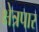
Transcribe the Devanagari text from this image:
क्षेत्रपार